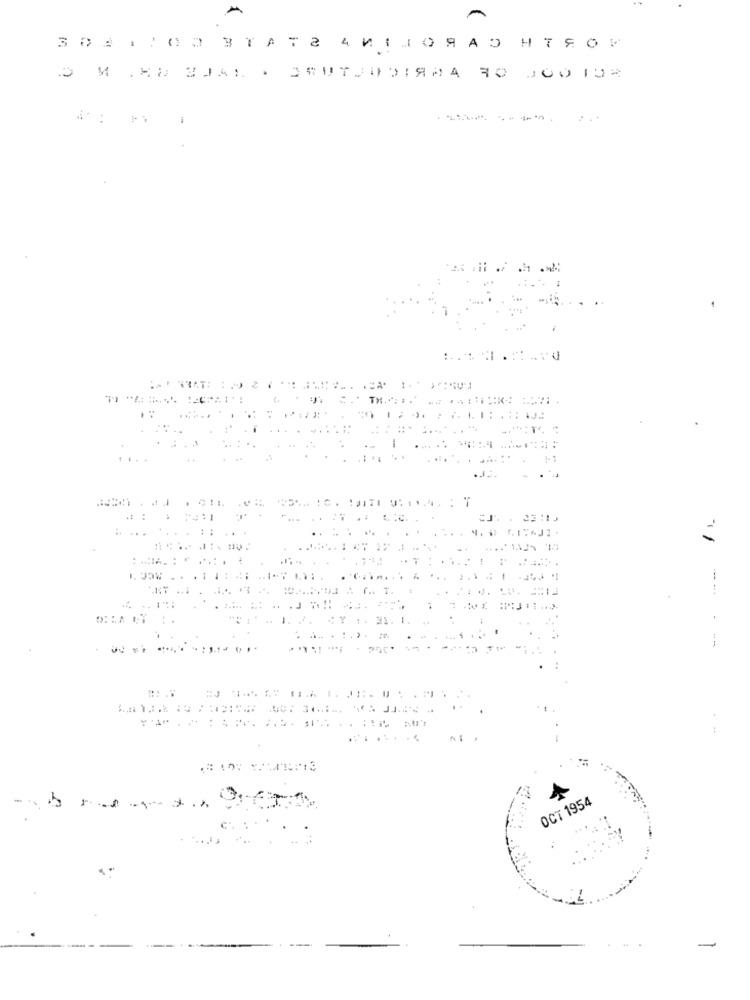
УТА
г
4
и.
МОЯАО
И .ЯН 3141 . 35Ит.д)!Я,4 30 00 10%
1. JaW
ОСТ 1954